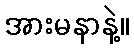
အားမနာနဲ့။